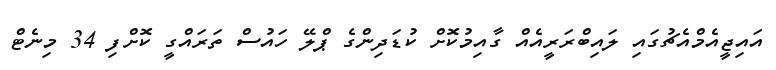
އައިޖީއެމްއެޗުގައި ލައިބްރަރީއެއް ގާއިމުކޮށް ކުޑަދިންގެ ޕްލޭ ހައުސް ތަރައްގީ ކޮށްފި 34 މިނެޓް